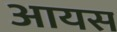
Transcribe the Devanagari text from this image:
आयस